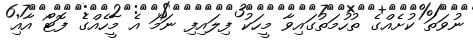
ނުވަތަ ކުށެއްގެ ތުހުމަތުގައިވާ މީހަކު ފިލައިފި ނަމަ އެ މީހެއްގެ ފޮޓޯ އާއި